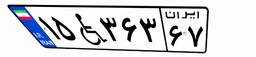
۱۵W۳۶۳۶۷